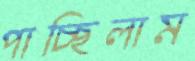
পাচ্ছিলাম